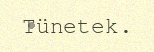
Tünetek.